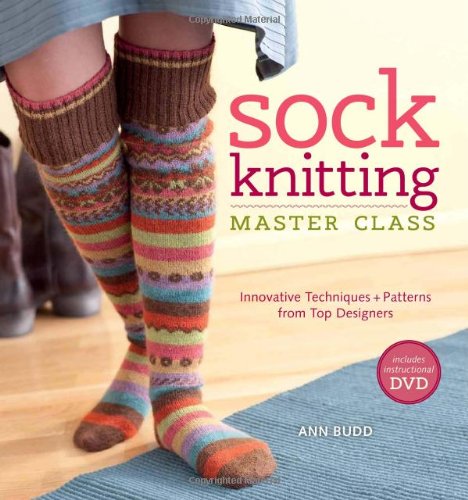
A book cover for Sock Knitting Master Class: Innovative Techniques + Patterns from Top Designers; Ann Budd; Arts & Photography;